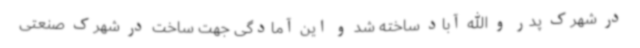
در شهرک پدر و الله آباد ساخته شد و این آمادگی جهت ساخت در شهرک صنعتی